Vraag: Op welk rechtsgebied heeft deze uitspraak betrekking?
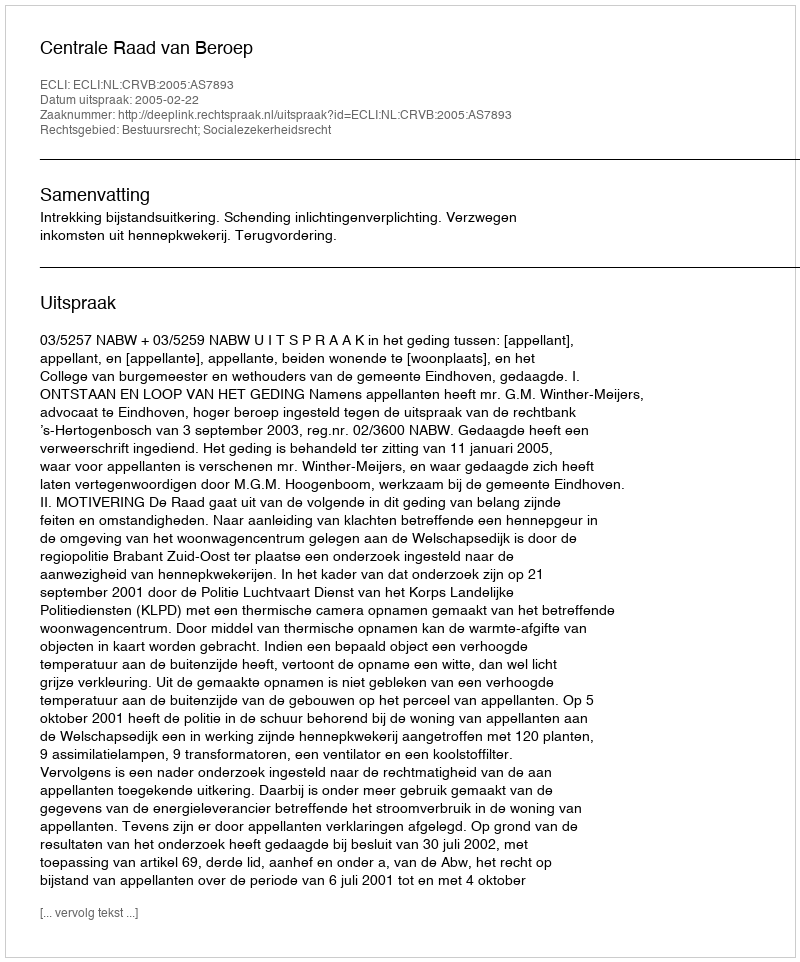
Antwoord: Bestuursrecht; Socialezekerheidsrecht